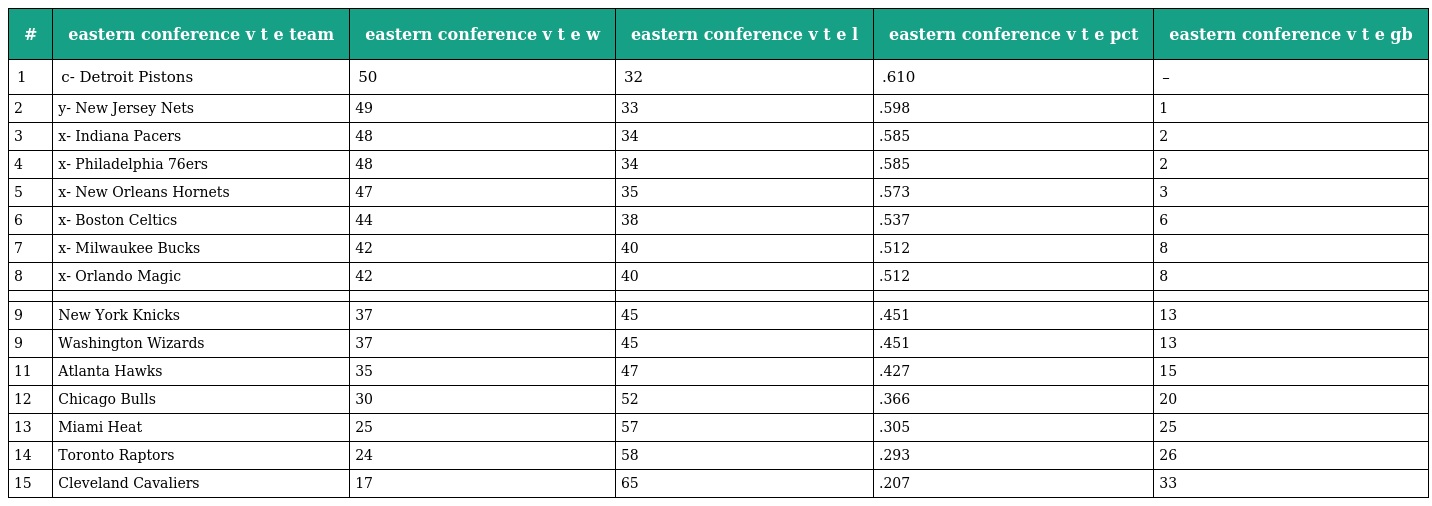
| # | eastern conference v t e team | eastern conference v t e w | eastern conference v t e l | eastern conference v t e pct | eastern conference v t e gb |
 | --- | --- | --- | --- | --- | --- |
 | 1 | c- Detroit Pistons | 50 | 32 | .610 | – |
 | 2 | y- New Jersey Nets | 49 | 33 | .598 | 1 |
 | 3 | x- Indiana Pacers | 48 | 34 | .585 | 2 |
 | 4 | x- Philadelphia 76ers | 48 | 34 | .585 | 2 |
 | 5 | x- New Orleans Hornets | 47 | 35 | .573 | 3 |
 | 6 | x- Boston Celtics | 44 | 38 | .537 | 6 |
 | 7 | x- Milwaukee Bucks | 42 | 40 | .512 | 8 |
 | 8 | x- Orlando Magic | 42 | 40 | .512 | 8 |
 |  |  |  |  |  |  |
 | 9 | New York Knicks | 37 | 45 | .451 | 13 |
 | 9 | Washington Wizards | 37 | 45 | .451 | 13 |
 | 11 | Atlanta Hawks | 35 | 47 | .427 | 15 |
 | 12 | Chicago Bulls | 30 | 52 | .366 | 20 |
 | 13 | Miami Heat | 25 | 57 | .305 | 25 |
 | 14 | Toronto Raptors | 24 | 58 | .293 | 26 |
 | 15 | Cleveland Cavaliers | 17 | 65 | .207 | 33 |